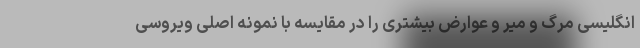
انگلیسی مرگ و میر و عوارض بیشتری را در مقایسه با نمونه اصلی ویروسی